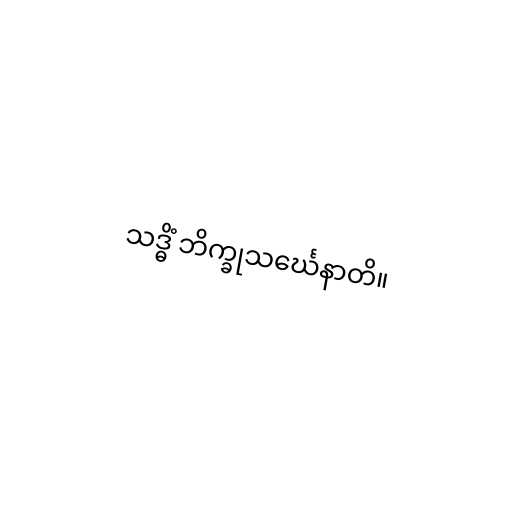
သဒ္ဓိံ ဘိက္ခုသင်္ဃေနာတိ။